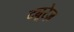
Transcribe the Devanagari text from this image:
ट्यूरेज़